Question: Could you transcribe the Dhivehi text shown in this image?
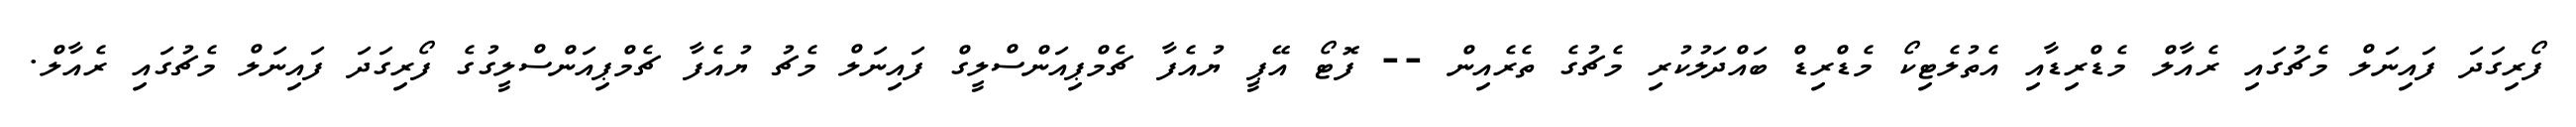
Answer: ފޯރިގަދަ ފައިނަލް މެޗުގައި ރެއާލް މެޑްރިޑާއި އެތުލެޓިކޯ މެޑްރިޑް ބައްދަލުކުރި މެޗުގެ ތެރެއިން -- ފޮޓޯ އޭޕީ ޔުއެފާ ޗެމްޕިއަންސްލީގް ފައިނަލް މެޗު ޔުއެފާ ޗެމްޕިއަންސްލީގުގެ ފޯރިގަދަ ފައިނަލް މެޗުގައި ރެއާލް.